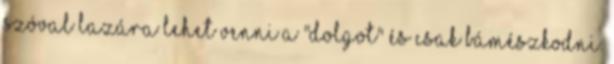
szóval lazára lehet venni a "dolgot" és csak bámészkodni.